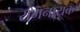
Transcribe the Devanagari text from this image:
रामनायक